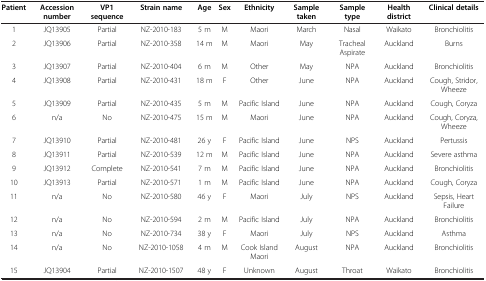
<table><thead><tr><td><b>Patient</b></td><td><b>Accession number</b></td><td><b>VP1 sequence</b></td><td><b>Strain name</b></td><td><b>Age</b></td><td><b>Sex</b></td><td><b>Ethnicity</b></td><td><b>Sample taken</b></td><td><b>Sample type</b></td><td><b>Health district</b></td><td><b>Clinical details</b></td></tr></thead><tbody><tr><td>1</td><td>JQ13905</td><td>Partial</td><td>NZ-2010-183</td><td>5 m</td><td>M</td><td>Maori</td><td>March</td><td>Nasal</td><td>Waikato</td><td>Bronchiolitis</td></tr><tr><td>2</td><td>JQ13906</td><td>Partial</td><td>NZ-2010-358</td><td>14 m</td><td>M</td><td>Maori</td><td>May</td><td>Tracheal Aspirate</td><td>Auckland</td><td>Burns</td></tr><tr><td>3</td><td>JQ13907</td><td>Partial</td><td>NZ-2010-404</td><td>6 m</td><td>M</td><td>Other</td><td>May</td><td>NPA</td><td>Auckland</td><td>Bronchiolitis</td></tr><tr><td>4</td><td>JQ13908</td><td>Partial</td><td>NZ-2010-431</td><td>18 m</td><td>F</td><td>Other</td><td>June</td><td>NPA</td><td>Auckland</td><td>Cough, Stridor, Wheeze</td></tr><tr><td>5</td><td>JQ13909</td><td>Partial</td><td>NZ-2010-435</td><td>5 m</td><td>M</td><td>Pacific Island</td><td>June</td><td>NPA</td><td>Auckland</td><td>Cough, Coryza</td></tr><tr><td>6</td><td>n/a</td><td>No</td><td>NZ-2010-475</td><td>15 m</td><td>M</td><td>Maori</td><td>June</td><td>NPA</td><td>Auckland</td><td>Cough, Coryza, Wheeze</td></tr><tr><td>7</td><td>JQ13910</td><td>Partial</td><td>NZ-2010-481</td><td>26 y</td><td>F</td><td>Pacific Island</td><td>June</td><td>NPS</td><td>Auckland</td><td>Pertussis</td></tr><tr><td>8</td><td>JQ13911</td><td>Partial</td><td>NZ-2010-539</td><td>12 m</td><td>M</td><td>Pacific Island</td><td>June</td><td>NPA</td><td>Auckland</td><td>Severe asthma</td></tr><tr><td>9</td><td>JQ13912</td><td>Complete</td><td>NZ-2010-541</td><td>7 m</td><td>M</td><td>Pacific Island</td><td>June</td><td>NPA</td><td>Auckland</td><td>Bronchiolitis</td></tr><tr><td>10</td><td>JQ13913</td><td>Partial</td><td>NZ-2010-571</td><td>1 m</td><td>M</td><td>Pacific Island</td><td>June</td><td>NPA</td><td>Auckland</td><td>Cough, Coryza</td></tr><tr><td>11</td><td>n/a</td><td>No</td><td>NZ-2010-580</td><td>46 y</td><td>F</td><td>Maori</td><td>July</td><td>NPS</td><td>Auckland</td><td>Sepsis, Heart Failure</td></tr><tr><td>12</td><td>n/a</td><td>No</td><td>NZ-2010-594</td><td>2 m</td><td>M</td><td>Pacific Island</td><td>July</td><td>NPA</td><td>Auckland</td><td>Bronchiolitis</td></tr><tr><td>13</td><td>n/a</td><td>No</td><td>NZ-2010-734</td><td>38 y</td><td>F</td><td>Maori</td><td>July</td><td>NPS</td><td>Auckland</td><td>Asthma</td></tr><tr><td>14</td><td>n/a</td><td>No</td><td>NZ-2010-1058</td><td>4 m</td><td>M</td><td>Cook Island Maori</td><td>August</td><td>NPA</td><td>Auckland</td><td>Bronchiolitis</td></tr><tr><td>15</td><td>JQ13904</td><td>Partial</td><td>NZ-2010-1507</td><td>48 y</td><td>F</td><td>Unknown</td><td>August</td><td>Throat</td><td>Waikato</td><td>Bronchiolitis</td></tr></tbody></table>